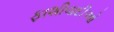
ફાશીવાદીઓ